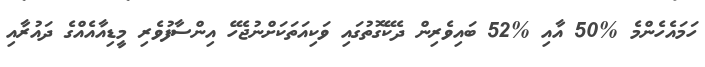
ހަމައެހެންމެ %50 އާއި %52 ބައިވެރިން ދެކޭގޮތުގައި ވަކިއަތަކަށްނުޖެހޭ އިންސާފުވެރި މީޑިއާއެއްގެ ދައުރާއި